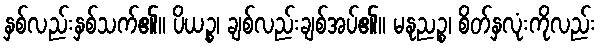
နှစ်လည်းနှစ်သက်၏။ ပိယဉ္စ၊ ချစ်လည်းချစ်အပ်၏။ မနုညဉ္စ၊ စိတ်နှလုံးကိုလည်း